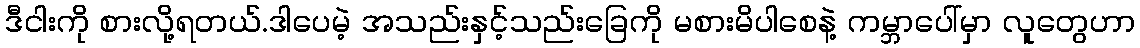
ဒီငါးကို စားလို့ရတယ်.ဒါပေမဲ့ အသည်းနှင့်သည်းခြေကို မစားမိပါစေနဲ့ ကမ္ဘာပေါ်မှာ လူတွေဟာ